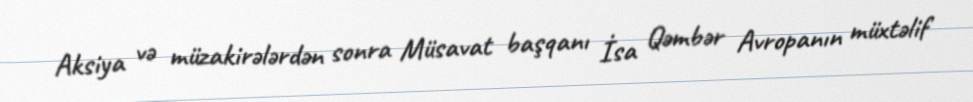
Aksiya və müzakirələrdən sonra Müsavat başqanı İsa Qəmbər Avropanın müxtəlif